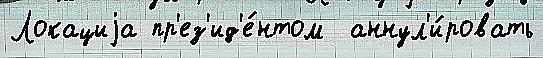
Локациjа пр'ез'ид'е́нтом  аннул'и́ровать